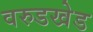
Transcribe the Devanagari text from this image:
वरुडखेड